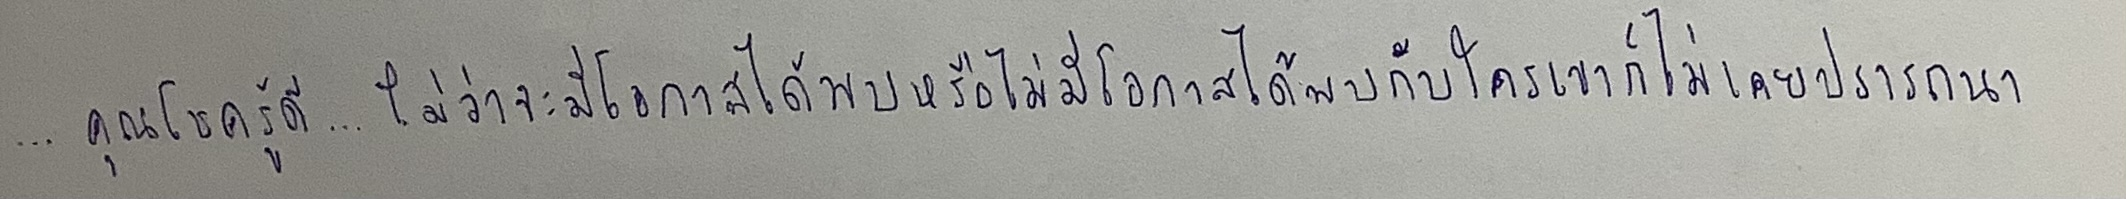
...คุณโชครู้ดี...ไม่ว่าจะมีโอกาสได้พบหรือไม่มีโอกาสได้พบกับใครเขาก็ไม่เคยปรารถนา